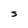
Character: S